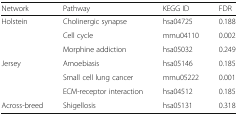
<table><thead><tr><td><b>Network</b></td><td><b>Pathway</b></td><td><b>KEGG ID</b></td><td><b>FDR</b></td></tr></thead><tbody><tr><td rowspan="3">Holstein</td><td>Cholinergic synapse</td><td>hsa04725</td><td>0.188</td></tr><tr><td>Cell cycle</td><td>mmu04110</td><td>0.002</td></tr><tr><td>Morphine addiction</td><td>hsa05032</td><td>0.249</td></tr><tr><td rowspan="3">Jersey</td><td>Amoebiasis</td><td>hsa05146</td><td>0.185</td></tr><tr><td>Small cell lung cancer</td><td>mmu05222</td><td>0.001</td></tr><tr><td>ECM-receptor interaction</td><td>hsa04512</td><td>0.185</td></tr><tr><td>Across-breed</td><td>Shigellosis</td><td>hsa05131</td><td>0.318</td></tr></tbody></table>